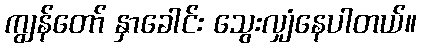
ကျွန်တော် နှာခေါင်း သွေးလျှံနေပါတယ်။